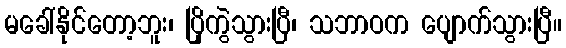
မခေါ်နိုင်တော့ဘူး၊ ပြိုကွဲသွားပြီ၊ သဘာဝက ပျောက်သွားပြီ။